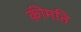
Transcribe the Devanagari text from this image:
क़ीमति